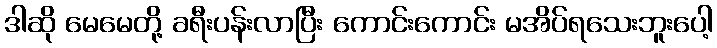
ဒါဆို မေမေတို့ ခရီးပန်းလာပြီး ကောင်းကောင်း မအိပ်ရသေးဘူးပေါ့